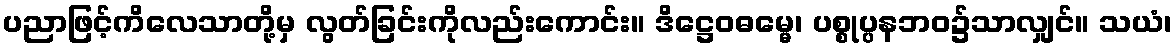
ပညာဖြင့်ကိလေသာတို့မှ လွတ်ခြင်းကိုလည်းကောင်း။ ဒိဋ္ဌေဝဓမ္မေ၊ ပစ္စုပ္ပနဘဝ၌သာလျှင်။ သယံ၊